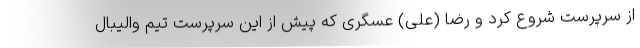
از سرپرست شروع کرد و رضا (علی) عسگری که پیش از این سرپرست تیم والیبال